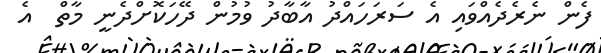
ފެން ނެރެދެެއްވައި އެ ސަރަހައްދު އާބާދު ވުމުން ދޭހަކޮށްދެނީ މާތް  އެ